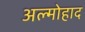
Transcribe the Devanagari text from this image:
अल्मोहाद